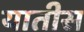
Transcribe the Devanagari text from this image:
यातीस